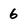
Character: 6